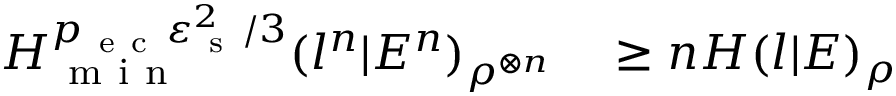
\begin{array} { r l } { H _ { \mathrm { ~ m ~ i ~ n ~ } } ^ { p _ { \mathrm { ~ e ~ c ~ } } \varepsilon _ { \mathrm { ~ s ~ } } ^ { 2 } / 3 } ( l ^ { n } | E ^ { n } ) _ { \rho ^ { \otimes n } } } & { { } \geq n H ( l | E ) _ { \rho } } \end{array}